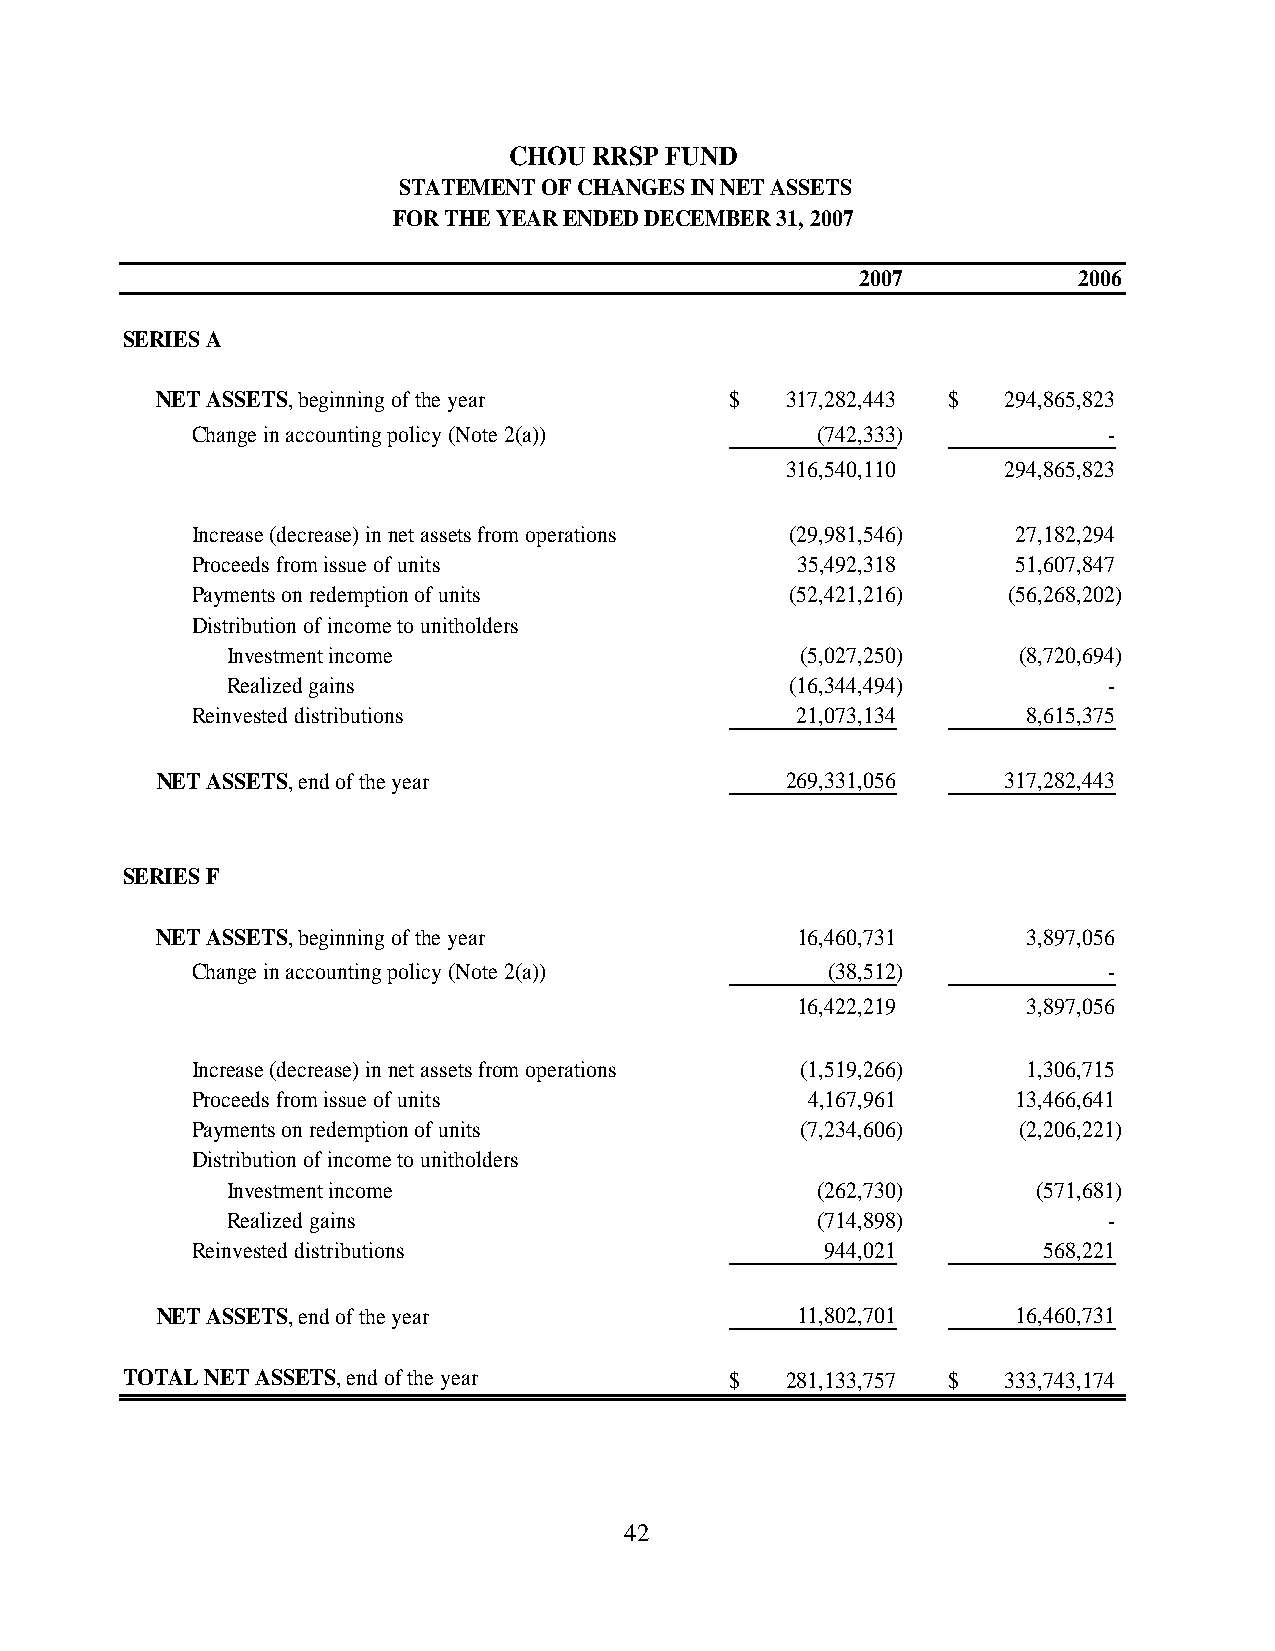
CHOU RRSP FUND
 STATEMENT OF CHANGES IN NET ASSETS
 FOR THE YEAR ENDED DECEMBER 31, 2007
 2007          2006
 SERIES A
 NET ASSETS, beginning of the year     $   317,282,443 $  294,865,823
 Change in accounting policy (Note 2(a))  ( 742,333)         -
 316,540,110    294,865,823
 Increase (decrease) in net assets from operations ( 29,981,546) 27,182,294
 Proceeds from issue of units            35,492,318    51,607,847
 Payments on redemption of units        ( 52,421,216)  ( 56,268,202)
 Distribution of income to unitholders
 Investment income                     (5,027,250)    ( 8,720,694)
 Realized gains                       (16,344,494)         -
 Reinvested distributions                21,073,134     8,615,375
 NET ASSETS, end of the year               269,331,056    317,282,443
 SERIES F
 NET ASSETS, beginning of the year          16,460,731     3,897,056
 Change in accounting policy (Note 2(a))   ( 38,512)         -
 16,422,219     3,897,056
 Increase (decrease) in net assets from operations ( 1,519,266) 1,306,715
 Proceeds from issue of units            4,167,961     13,466,641
 Payments on redemption of units         ( 7,234,606)   ( 2,206,221)
 Distribution of income to unitholders
 Investment income                      (262,730)      ( 571,681)
 Realized gains                         (714,898)          -
 Reinvested distributions                  944,021       568,221
 NET ASSETS, end of the year                11,802,701    16,460,731
 TOTAL NET ASSETS, end of the year       $   281,133,757 $  333,743,174
 42